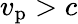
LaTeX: v_{\mathrm{p}}>c